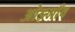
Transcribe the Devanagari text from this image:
ओड्गाँव